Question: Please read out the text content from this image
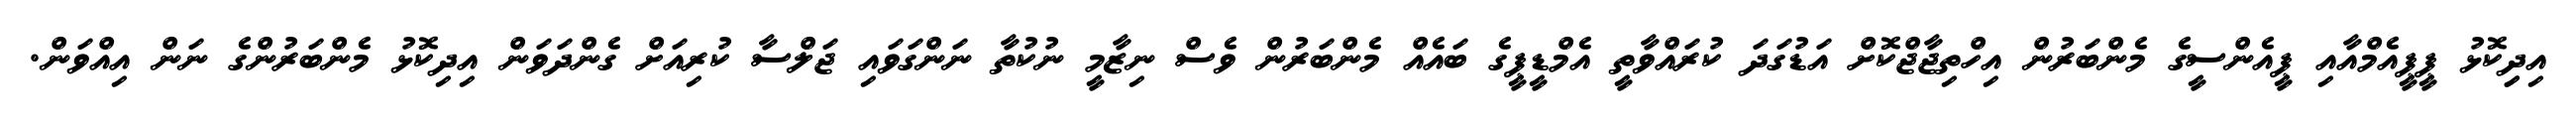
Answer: އިދިިކޮޅު ޕީޕީއެމްއާއި ޕީއެންސީގެ މެންބަރުން އިހްތިޖާޖްކޮށް އަޑުގަދަ ކުރައްވާތީ އެމްޑީޕީގެ ބައެއް މެންބަރުން ވެސް ނިޒާމީ ނުކުތާ ނަންގަވައި ޖަލްސާ ކުރިއަށް ގެންދަވަން އިދިކޮޅު މެންބަރުންގެ ނަން އިއްވަން.